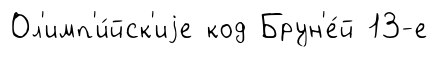
Ол'имп'и́йск'иjе код Брун'е́й 13-е